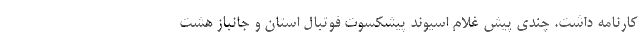
کارنامه داشت. چندی پیش غلام اسیوند پیشکسوت فوتبال استان و جانباز هشت